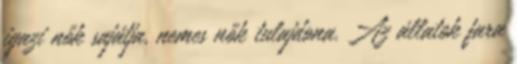
igazi nők sajátja, nemes nők tulajdona. Az állatok fara